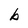
Character: b